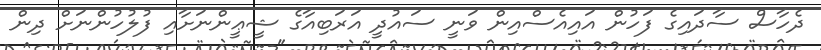
ދެހާސް ސާދައިގެ ފަހުން އައިއެސްއިން ވަނީ ސައުދީ އަރަބިއާގެ ޝީޢީންނަށާއި ފުލުހުންނަށް ދިން